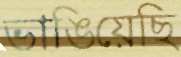
ভাঙিয়েছি